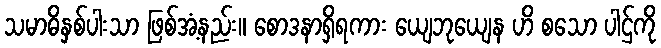
သမာဓိနှစ်ပါးသာ ဖြစ်အံ့နည်း။ စောဒနာရှိရကား ယျေဘုယျေန ဟိ စသော ပါဌ်ကို